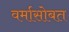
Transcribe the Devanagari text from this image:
वर्मासोबत